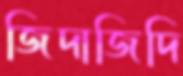
জিদাজিদি